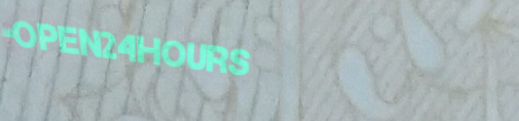
Open24Hours